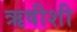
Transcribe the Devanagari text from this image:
ऋषीशी